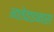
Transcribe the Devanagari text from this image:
नातेवाइकास